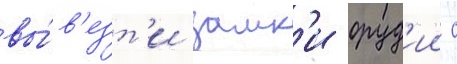
вы́в'езт'и замк'и оруд'ии с